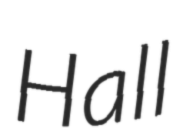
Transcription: Hall